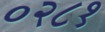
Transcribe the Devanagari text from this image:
०२८१